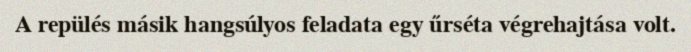
A repülés másik hangsúlyos feladata egy űrséta végrehajtása volt.